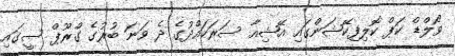
ވޯލްޑް ކަޕް ކޮލިފިކޭޝަންގައި އޭޝިއާ ސަރަހައްދުގެ ދެ ވަނަ ބުރުގެ ގްރޫޕް ސީގައި